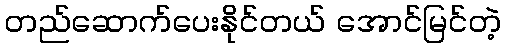
တည်ဆောက်ပေးနိုင်တယ် အောင်မြင်တဲ့